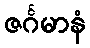
ဇင်္ဂမာနံ